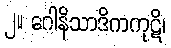
၂။ ဂေါနိသာဒိကကုဋိ၊